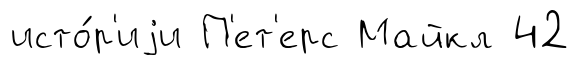
исто́р'иjи П'ет'ерс Майкл 42